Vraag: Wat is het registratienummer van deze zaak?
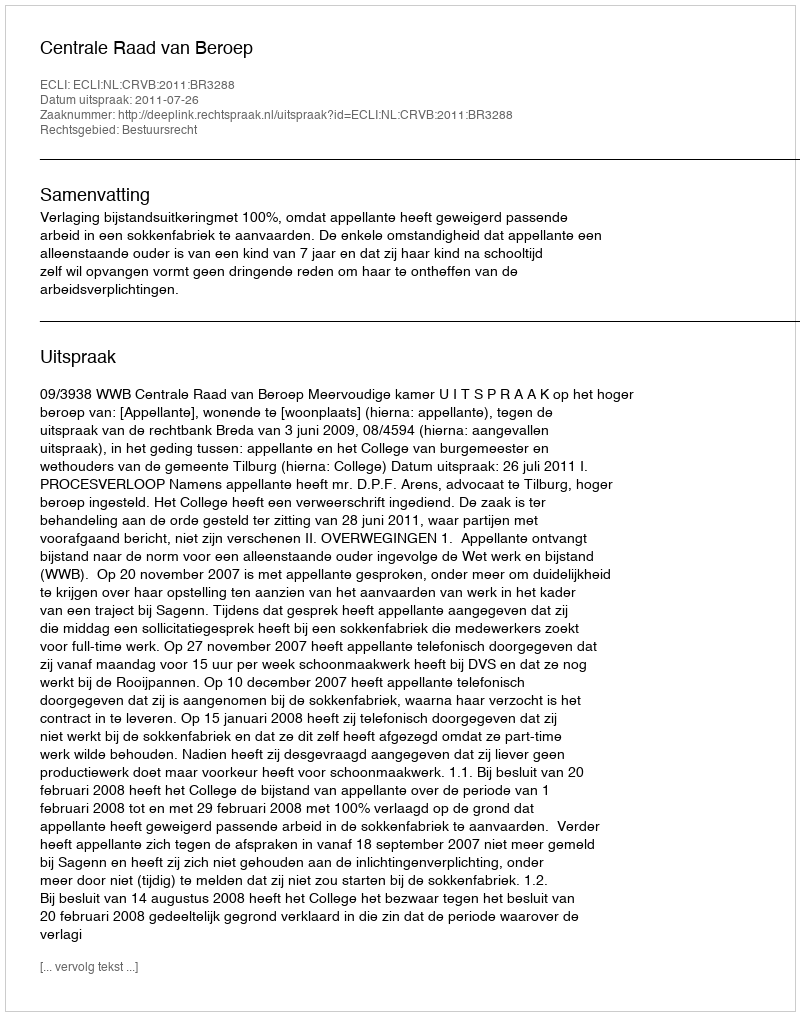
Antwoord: http://deeplink.rechtspraak.nl/uitspraak?id=ECLI:NL:CRVB:2011:BR3288